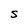
Character: S